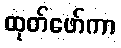
ထုတ်ဖော်ကာ